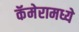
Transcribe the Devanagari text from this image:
कॅमेरामध्ये